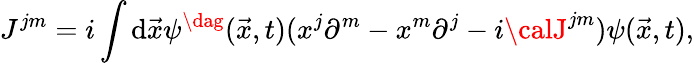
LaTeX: J^{jm}=i\int\mathrm{d}\vec{{x}}\psi^{\dag}(\vec{{x}},t)(x^{j}\partial^{m}-x^{m}\partial^{j}-i{\calJ}^{jm})\psi(\vec{{x}},t),